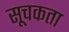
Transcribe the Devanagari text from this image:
सूचकता